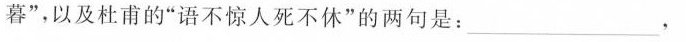
暮”，以及杜甫的”语不惊人死不休”的两句是：\underline，